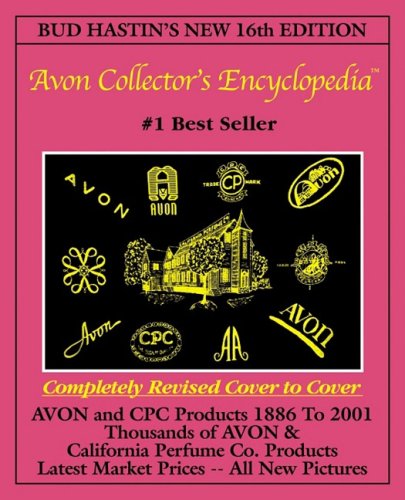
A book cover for Bud Hastin's Avon Collector's Encyclopedia (New 16th Edition For 2001) - The Official Guide For Avon Bottle & CPC Collectors; Bud Hastin; Crafts, Hobbies & Home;